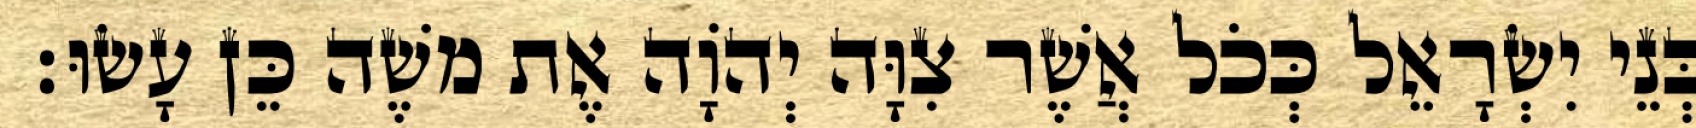
בְּנֵי יִשְׂרָאֵל כְּכֹל אֲשֶׁר צִוָּה יְהוָֹה אֶת משֶׁה כֵּן עָשׂוּ׃